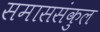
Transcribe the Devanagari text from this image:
समाससंकुल